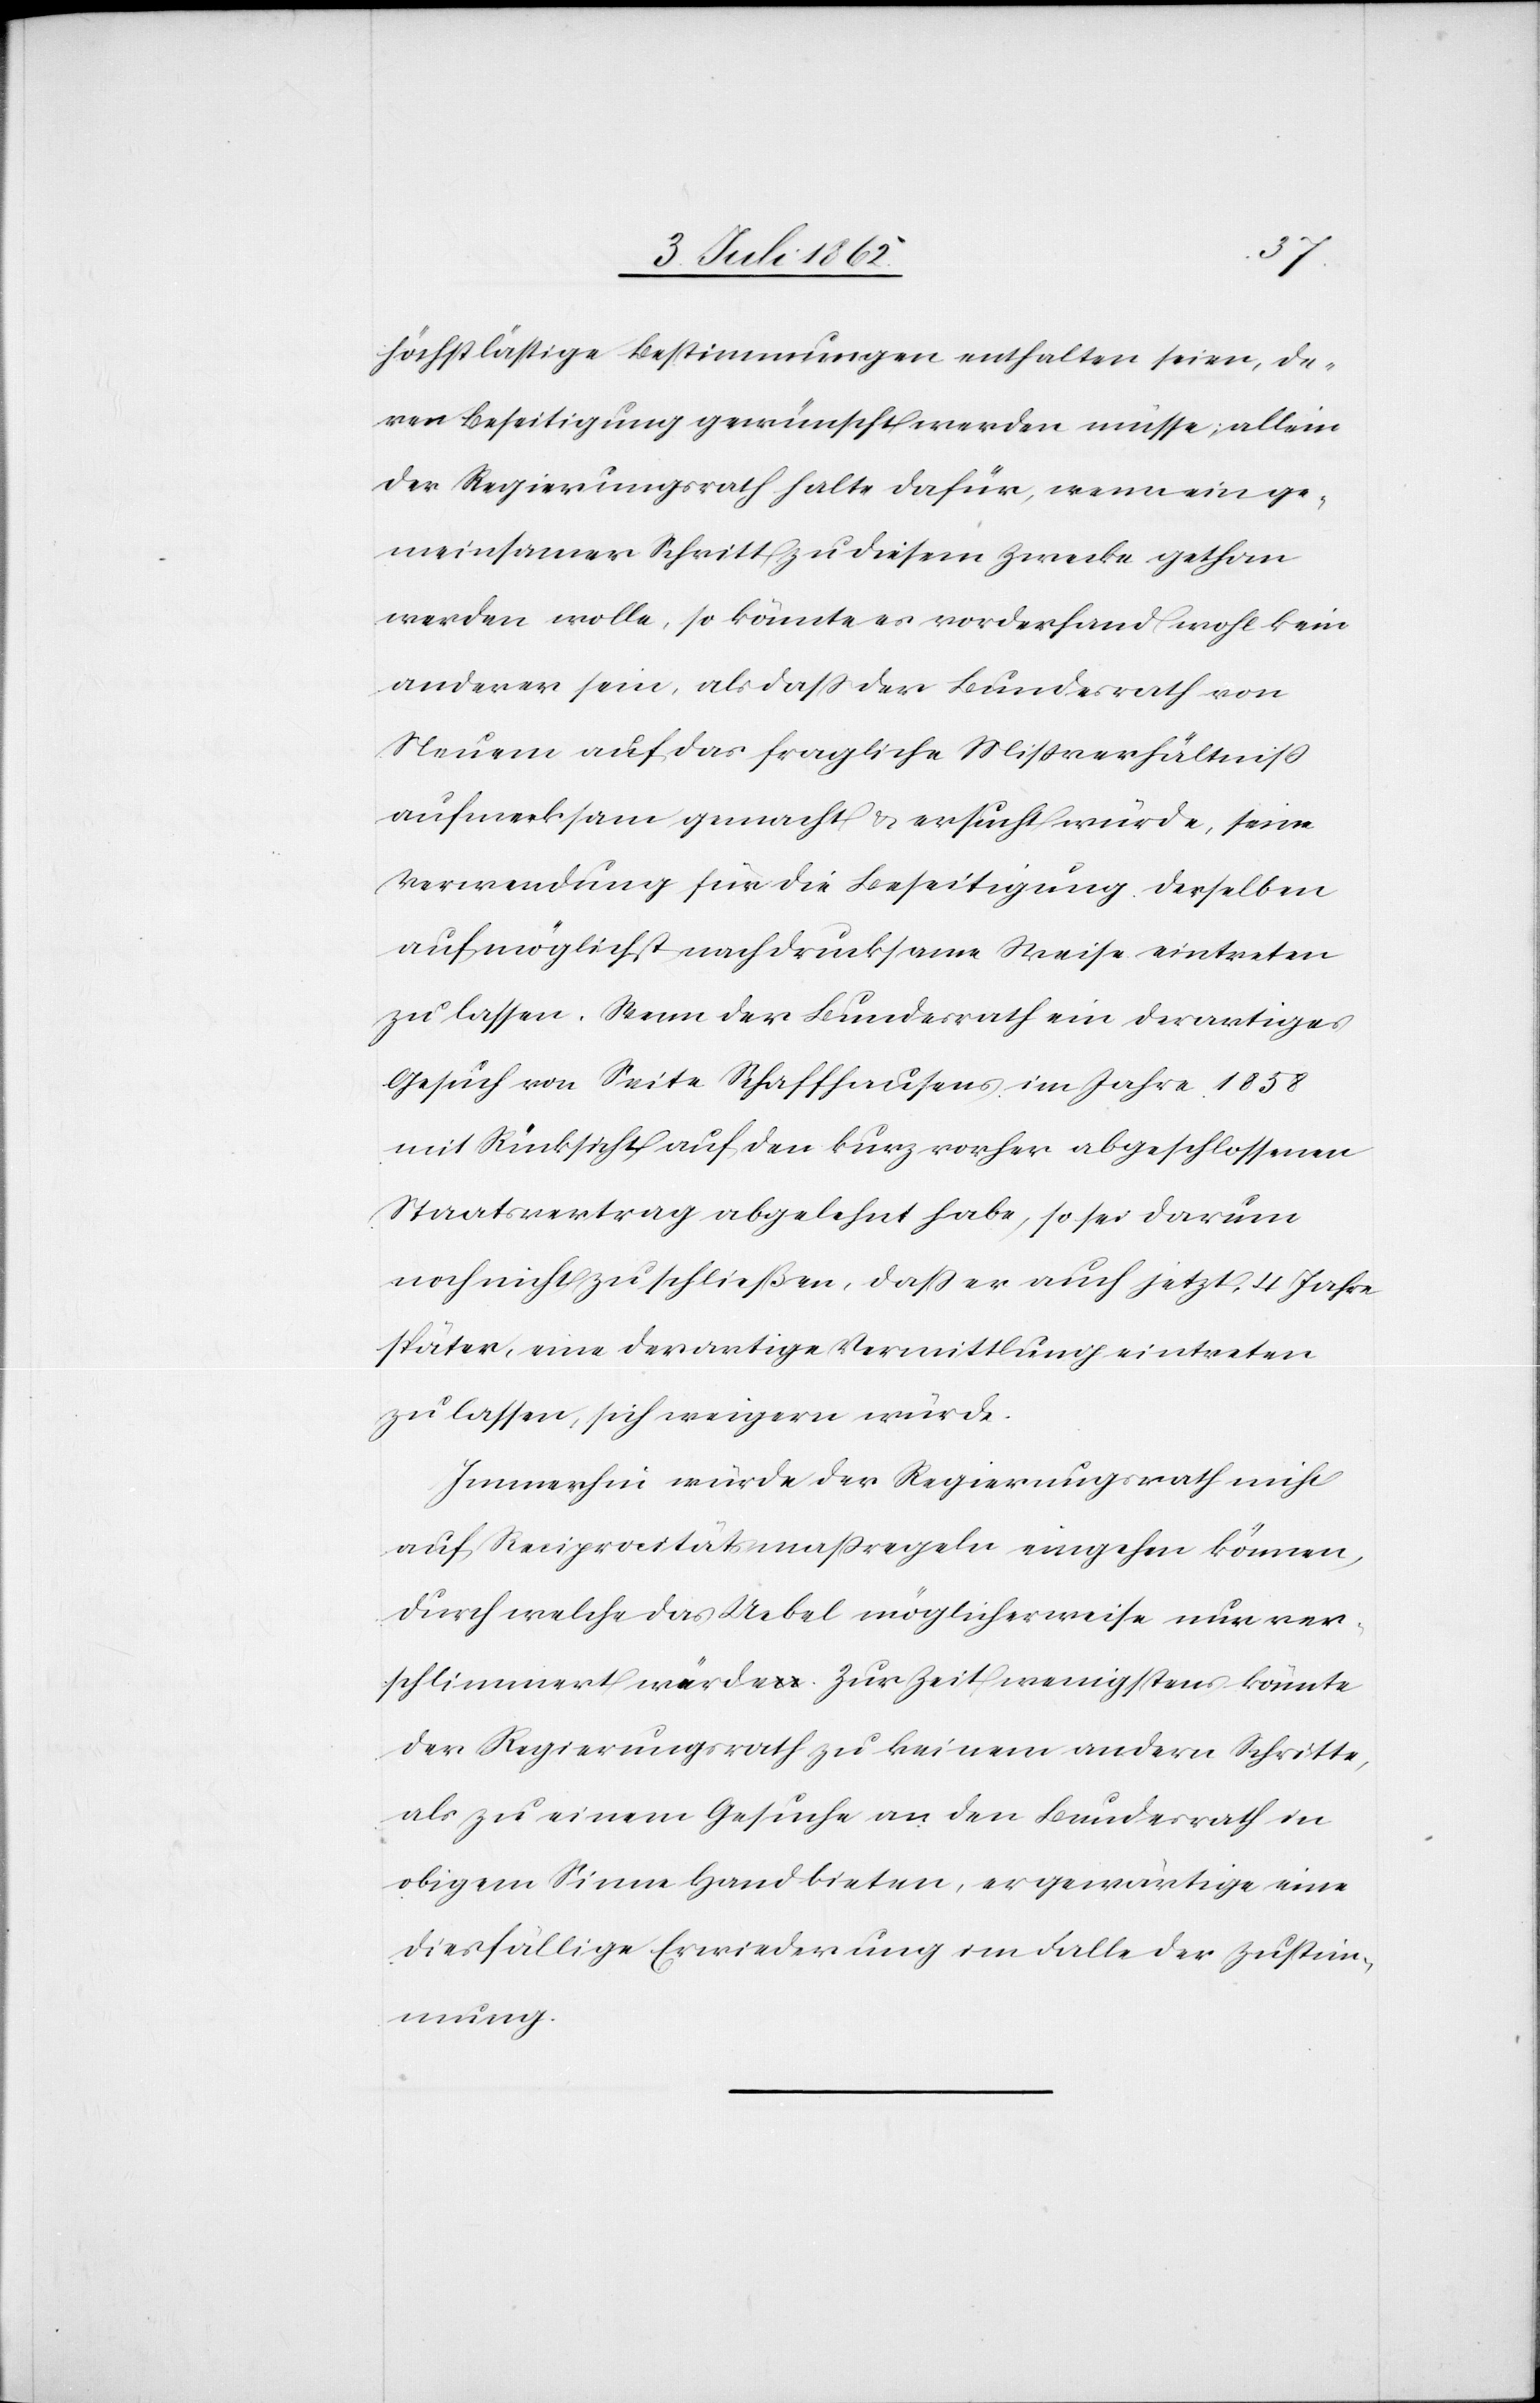
höchstlästige Bestimmungen enthalten seien, da¬
von Beseitigung gewünscht werden müsse; allein
der Regierungsrath halte dafür, wenn ein ge¬
meinsamer Schritt zu diesem Zwecke gethan
werden wolle, so könnte es vorderhand wohl kein
anderer sein, als daß der Bundesrath von
Neuem auf das fragliche Mißverhältniß
aufmerksam gemacht u. ersucht würde, seine
Verwendung für die Beseitigung derselben
auf möglichst nachdrucksame Weise eintreten
zu lassen. Wenn der Bundesrath ein derartiges
Gesuch von Seite Schaffhausens im Jahre 1858
mit Rücksicht auf den kurz vorher abgeschlossenen
Staatsvertrag abgelehnt habe, so sei darum
noch nicht zu schließen, daß er auch jetzt, 4 Jahre
später, eine derartige Vermittlung eintreten
zu lassen, sich weigern würde.
Immerhin würde der Regierungsrath nicht
auf Reciprocitätsmaßregeln eingehen können,
durch welche das Uebel möglicherweise nur ver¬
schlimmert würde. Zur Zeit wenigstens könnte
der Regierungsrath zu keinem andern Schritte,
als zu einem Gesuche an den Bundesrath in
obigem Sinne Hand bieten, er gewärtige eine
diesfällige Erwiederung im Falle der Zustim¬
mung.